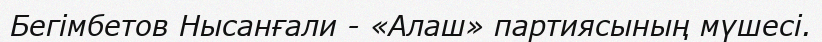
Бегімбетов Нысанғали - «Алаш» партиясының мүшесі.